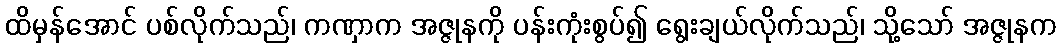
ထိမှန်အောင် ပစ်လိုက်သည်၊ ကဏှာက အဇ္ဇုနကို ပန်းကုံးစွပ်၍ ရွေးချယ်လိုက်သည်၊ သို့သော် အဇ္ဇုနက